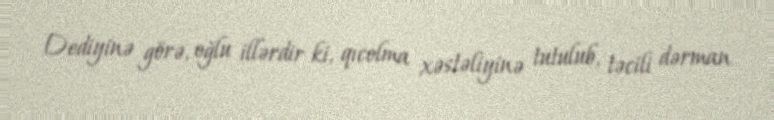
Dediyinə görə, oğlu illərdir ki, qıcolma xəstəliyinə tutulub, təcili dərman